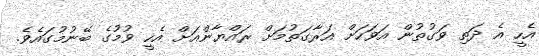
އެހީ އެ ދަތި ވަގުތުން އަވަހަށް އަރާގަތުމަށް ރައްޔާންއަށް އެހީ ވުމުގެ ބޭނުމުގައެވެ.